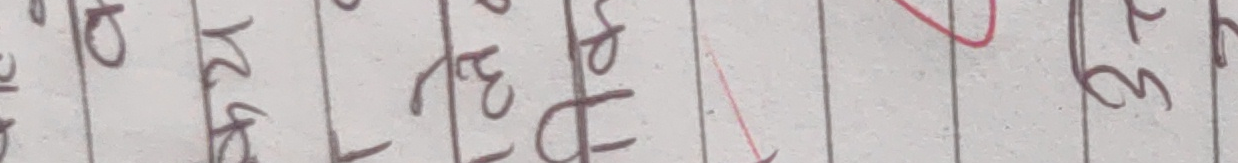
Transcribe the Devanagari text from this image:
२५ २४ २७ २३ ६३